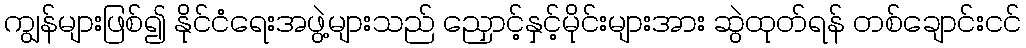
ကျွန်များဖြစ်၍ နိုင်ငံရေးအဖွဲ့များသည် ညှောင့်နှင့်မိုင်းများအား ဆွဲထုတ်ရန် တစ်ချောင်းငင်